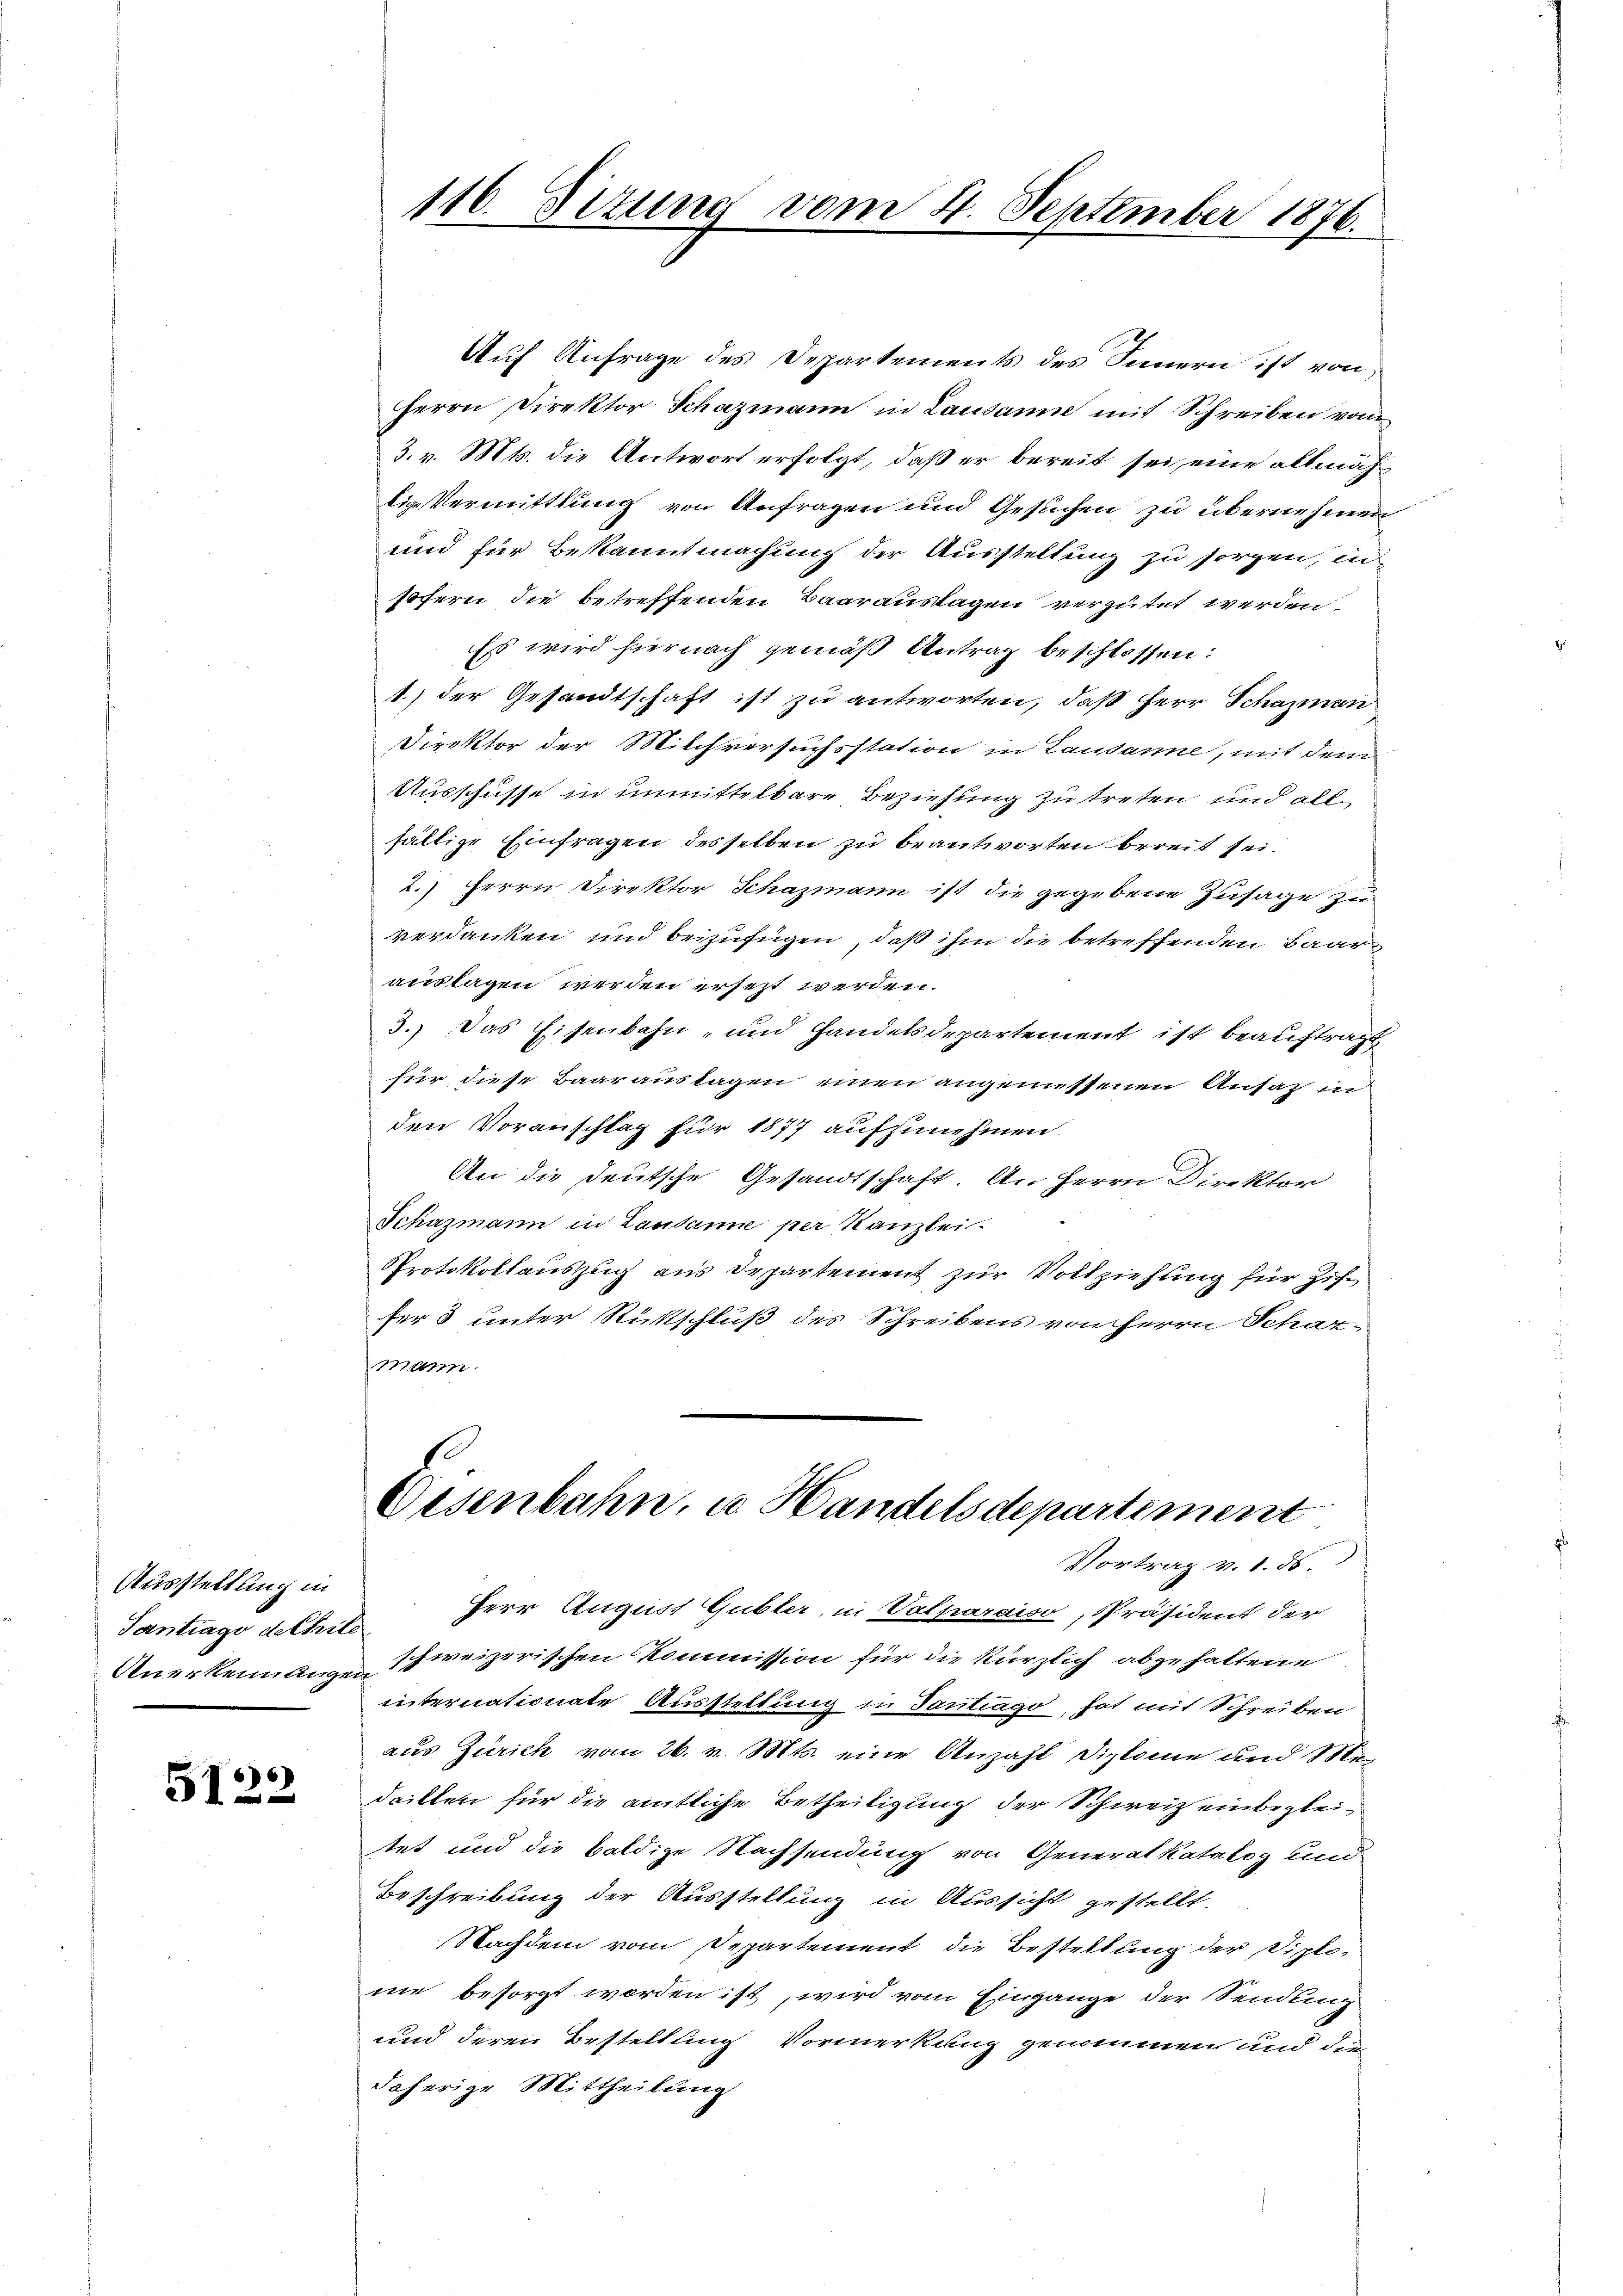
Ausstellung in
Tantrago dechile

66)
51

116. Situng vom 4. September 1876.

Auf Anfrage des Departements des Innern ist von
Herrn Direktor Schazmann in Lausanne mit Schreiben vom
3. v. Mts. die Antwort erfolgt, daß er bereit sei eine allmächtige Vermittlung von Anfragen und Gesuchen zu übernehmen
und für Bekanntmachung der Ausstellung zu sorgen, in
sofern die betreffenden Baarauslagen vergütet werden.
Es wird hiernach gemäß Antrag beschlossen:
1.) der Gesandtschaft ist zu antworten, daß Herr Schazmann
Direktor der Milchversuchsstation in Laudanne, mit dem
Ausschusse in unmittelbare Beziehung zu treten und allfältige Einfragen desselben zu beantworten bereit sei.
2.) Herrn Direktor Schazmann ist die gegebene Zusage zu
verdanken und beizufügen, daß ihm die betreffenden Baarauslagen werden ersezt werden.
3.) Das Eisenbahn- und Handelsdepartement ist beauftragt
für diese Baarauslagen einen angemessenen Ansag in
den Voranschlag für 1877 aufzunehmen.
An die deutsche Gesandtschaft. An Herrn Direktor
Schazmann in Lausanne per Kanzlei.
Protokollauszug aus Departement zur Vollziehung für Ziffer 3 unter Rückschluß des Schreibens von Herrn Schatmann.

Disenbahn, u. Handelsdepartement

Vortrag v. 1. ds.
Herr August Gubler, in Valparaiso, Präsident der
Anerkennunge schweizerischen Kommission für die kürzlich abgehaltene
internationate Ausstellung in Santrago, hat mit Schreiben
aus Zürich vom 26. v. Mts. eine Anzahl Diplome und Medackten für die amtliche Betheiligung der Schweiz einbegleitet und die baldige Nachsendung von Generalkatalog und
Beschreibung der Ausstellung in Aussicht gestellt.
Nachdem vom Departement die Bestellung der Diplone besorgt worden ist, wird vom Eingange der Sendung
und deren Bestellung Vormerkung genommen und die
daherige Mittheilung